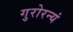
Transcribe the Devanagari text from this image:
गुरोरन्यं